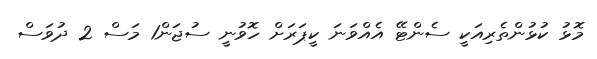
މޮޅު ކުޅުންތެރިއަކީ ސެންޓޭ އެއްވަނަ ކީޕަރަށް ހޮވުނީ ސުޖަން1 މަސް 2 ދުވަސް